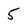
Character: 5